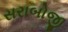
સરાબોજી